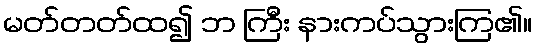
မတ်တတ်ထ၍ ဘ ကြီး နားကပ်သွားကြ၏။